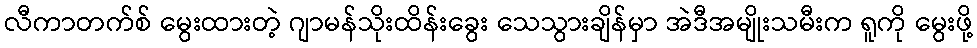
လီကာတက်စ် မွေးထားတဲ့ ဂျာမန်သိုးထိန်းခွေး သေသွားချိန်မှာ အဲဒီအမျိုးသမီးက ရူကို မွေးဖို့